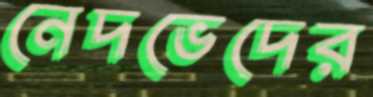
নেদভেদের